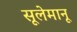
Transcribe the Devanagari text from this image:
सूलेमानू